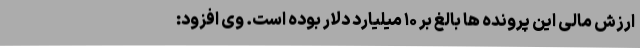
ارزش مالی این پرونده ها بالغ بر ۱۰ میلیارد دلار بوده است. وی افزود: